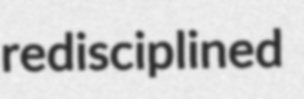
redisciplined